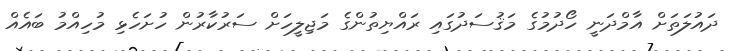
ދައުލަތަށް އާމްދަނީ ހޯދުމުގެ މަޤުސަދުގައި ރައްޔިތުންގެ މަޖިލީހަށް ސަރުކާރުން ހުށަހެޅި މުހިއްމު ބައެއް